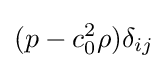
(p-c_{0}^{2}\rho )\delta _{ij}